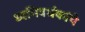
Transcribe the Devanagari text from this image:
ध्वनिवर्धकांचे